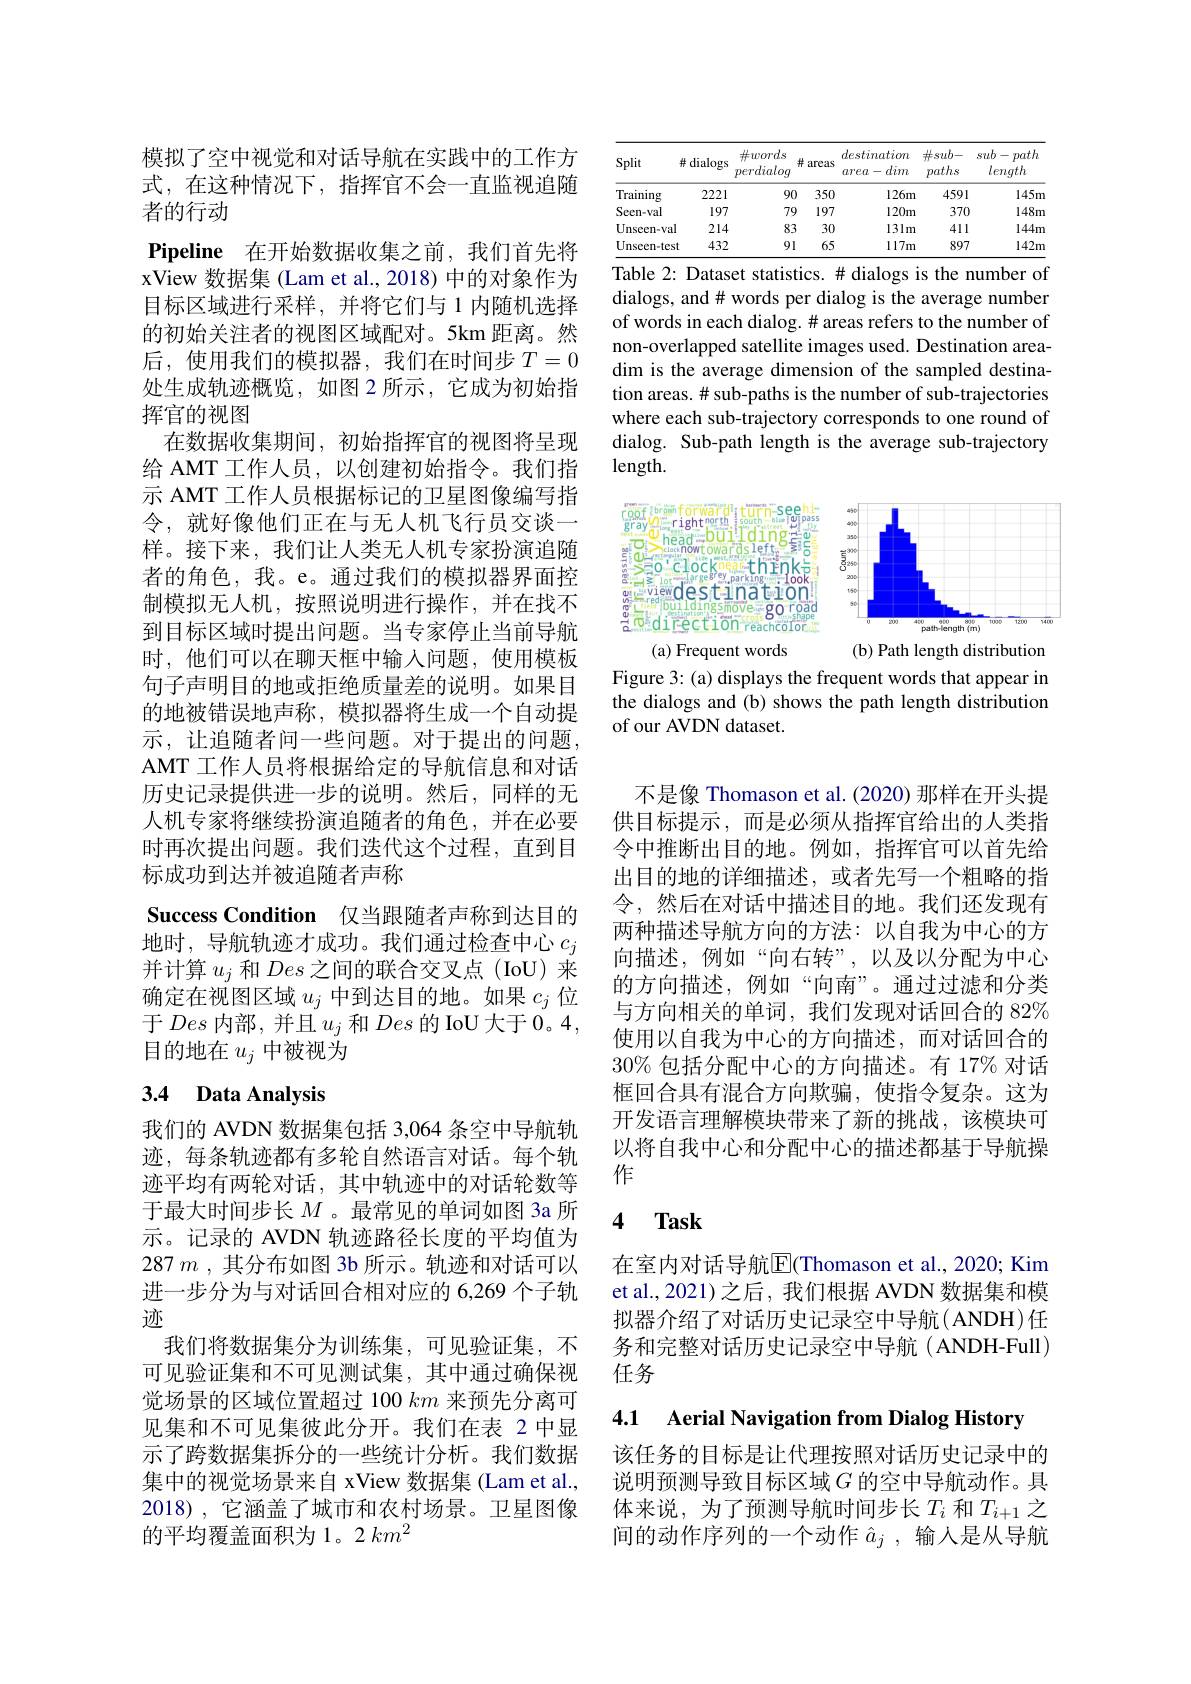
模拟了空中视觉和对话导航在实践中的工作方式，在这种情况下，指挥官不会一直监视追随者的行动
$\textbf{Pipeline}$ 在开始数据收集之前，我们首先将xView 数据集 (Lam et al., 2018) 中的对象作为目标区域进行采样，并将它们与 1 内随机选择的初始关注者的视图区域配对。5km 距离。然后，使用我们的模拟器，我们在时间步$T=0$ 处生成轨迹概览，如图 2 所示，它成为初始指挥官的视图
在数据收集期间，初始指挥官的视图将呈现给 AMT 工作人员，以创建初始指令。我们指示 AMT 工作人员根据标记的卫星图像编写指令，就好像他们正在与无人机飞行员交谈一样。接下来，我们让人类无人机专家扮演追随者的角色，我。e。通过我们的模拟器界面控制模拟无人机，按照说明进行操作，并在找不到目标区域时提出问题。当专家停止当前导航时，他们可以在聊天框中输入问题，使用模板句子声明目的地或拒绝质量差的说明。如果目的地被错误地声称，模拟器将生成一个自动提示，让追随者问一些问题。对于提出的问题， AMT 工作人员将根据给定的导航信息和对话历史记录提供进一步的说明。然后，同样的无人机专家将继续扮演追随者的角色，并在必要时再次提出问题。我们迭代这个过程，直到目标成功到达并被追随者声称
Success Condition 仅当跟随者声称到达目的地时，导航轨迹才成功。我们通过检查中心$c_j$ 并计算$u_j$和Des之间的联合交叉点(IoU)来确定在视图区域$u_j$中到达目的地。如果$c_j$位于Des内部，并且$u_j$和Des的 IoU 大于0。4, 目的地在$u_j$中被视为
3.4 Data Analysis

我们的 AVDN 数据集包括 3,064 条空中导航轨迹，每条轨迹都有多轮自然语言对话。每个轨迹平均有两轮对话，其中轨迹中的对话轮数等于最大时间步长$M$。最常见的单词如图 3a 所示。记录的 AVDN 轨迹路径长度的平均值为$287m$ ,其分布如图 3b 所示。轨迹和对话可以进一步分为与对话回合相对应的 6,269 个子轨迹
我们将数据集分为训练集，可见验证集，不可见验证集和不可见测试集，其中通过确保视觉场景的区域位置超过 100 $km$来预先分离可见集和不可见集彼此分开。我们在表 2 中显示了跨数据集拆分的一些统计分析。我们数据集中的视觉场景来自 xView 数据集 (Lam et al., 2018),它涵盖了城市和农村场景。卫星图像的平均覆盖面积为1。2 $km^{2}$

<table>
	<tbody>
		<tr>
			<th>Split</th>
			<th>$\#$dialogs</th>
			<th>$\#words$ perdialog</th>
			<th>井 areas</th>
			<th>destination dim area $x-t$ .</th>
			<th>$\#sub-$ paths</th>
			<th>$sub-path$ length</th>
		</tr>
		<tr>
			<td>Training</td>
			<td>2221</td>
			<td>90</td>
			<td>350</td>
			<td>$126m$</td>
			<td>4591</td>
			<td>$145m$</td>
		</tr>
		<tr>
			<td>Seen- val</td>
			<td>197</td>
			<td>79</td>
			<td>197</td>
			<td>$120m$</td>
			<td>370</td>
			<td>$148m$</td>
		</tr>
		<tr>
			<td>Unseen- val</td>
			<td>214</td>
			<td>83</td>
			<td>30</td>
			<td>$131m$</td>
			<td>411</td>
			<td>$144m$</td>
		</tr>
		<tr>
			<td>$Unseen-test$</td>
			<td>432</td>
			<td>9l</td>
			<td>65</td>
			<td>$117m$</td>
			<td>897</td>
			<td>$142m$</td>
		</tr>
	</tbody>
</table>
Table 2: Dataset statistics. # dialogs is the number of

dialogs, and# words per dialog is the average number of words in each dialog. # areas refers to the number of non-overlapped satellite images used. Destination areadim is the average dimension of the sampled destination areas.# sub-paths is the number of sub-trajectories where each sub-trajectory corresponds to one round of dialog. Sub-path length is the average sub-trajectory length.

<FigureHere>

Figure 3: (a) displays the frequent words that appear in the dialogs and (b) shows the path length distribution of our AVDN dataset.

不是像 Thomason et al. (2020) 那样在开头提供目标提示，而是必须从指挥官给出的人类指令中推断出目的地。例如，指挥官可以首先给出目的地的详细描述，或者先写一个粗略的指令，然后在对话中描述目的地。我们还发现有两种描述导航方向的方法：以自我为中心的方向描述，例如“向右转”,以及以分配为中心的方向描述，例如“向南”。通过过滤和分类与方向相关的单词，我们发现对话回合的 82% 使用以自我为中心的方向描述，而对话回合的$30\%$包括分配中心的方向描述。有 17% 对话框回合具有混合方向欺骗，使指令复杂。这为开发语言理解模块带来了新的挑战，该模块可以将自我中心和分配中心的描述都基于导航操作

## 4 $\mathbf{Task}$

在室内对话导航$\overline{\mathrm{E}}$(Thomason et al., 2020; Kim et al., 2021) 之后，我们根据 AVDN 数据集和模拟器介绍了对话历史记录空中导航(ANDH)任务和完整对话历史记录空中导航(ANDH-Full) 任务

4.1 Aerial Navigation from Dialog History

该任务的目标是让代理按照对话历史记录中的说明预测导致目标区域$G$ 的空中导航动作。具体来说，为了预测导航时间步长$T_i$和$T_{i+1}$之间的动作序列的一个动作$\hat{a}_j$,输入是从导航